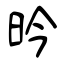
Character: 昑